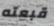
قبعته